Source: Handwritten
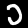
Digit: ၁ (1)